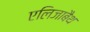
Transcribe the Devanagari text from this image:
एलिजाबैथ